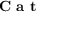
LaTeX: \textbf { C a t }